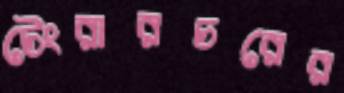
টেংরারচরের